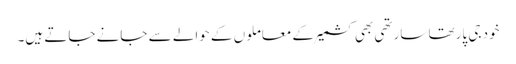
خود جی پارتھا سارتھی بھی کشمیر کے معاملوں کے حوالے سے جانے جاتے ہیں۔